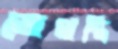
ভোগান্তি